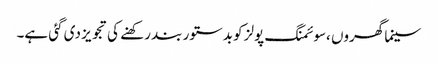
سینما گھروں ،سوئمنگ پولز کو بدستور بند رکھنے کی تجویز دی گئی ہے۔